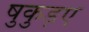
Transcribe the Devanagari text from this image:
षुकुड़ए